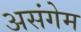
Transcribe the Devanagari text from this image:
असंगेम